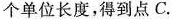
个单位长度，得到点C.